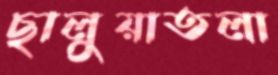
ছালুয়াতলা